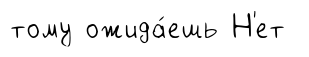
тому ожида́ешь Н'ет